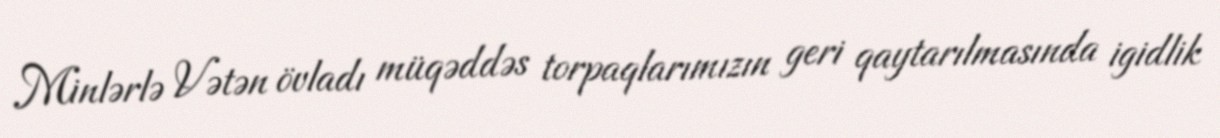
Minlərlə Vətən övladı müqəddəs torpaqlarımızın geri qaytarılmasında igidlik